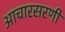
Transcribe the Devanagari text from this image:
आचारसरणी